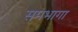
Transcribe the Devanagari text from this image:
समभागा